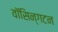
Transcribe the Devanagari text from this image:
वॉसिन्गटन